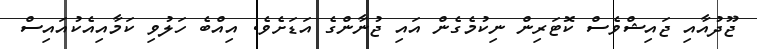
ޖޫދުއާއި ޖައިޝްވެސް ކޮޓަރިން ނިކުމެގެން އައި ޖުނާންގެ އަޑަށެވެ. އިއްބެ ހަލުވި ކަމާއިއެކުއައިސް